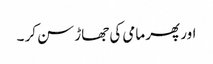
اور پھر مامی کی جھاڑ سن کر ۔